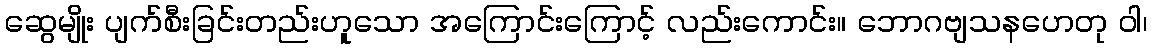
ဆွေမျိုး ပျက်စီးခြင်းတည်းဟူသော အကြောင်းကြောင့် လည်းကောင်း။ ဘောဂဗျသနဟေတု ဝါ၊